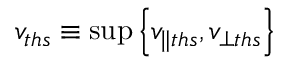
v _ { t h s } \equiv \operatorname* { s u p } \left\{ v _ { \parallel t h s } , v _ { \perp t h s } \right\}